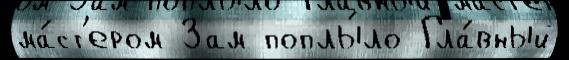
ма́ст'ером Зам поплы́ло Гла́вный